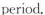
period.